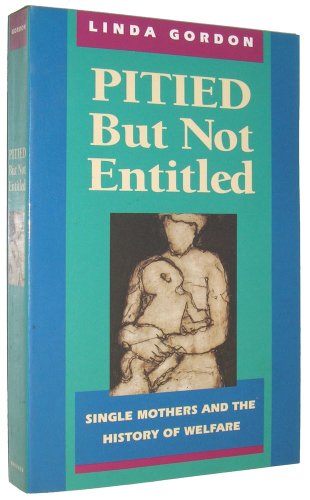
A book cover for Pitied but Not Entitled: Single Mothers and the History of Welfare 1890-1935; Linda Gordon; Health, Fitness & Dieting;